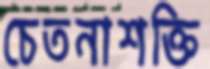
চেতনাশক্তি